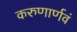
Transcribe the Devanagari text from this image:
करुणार्णवं